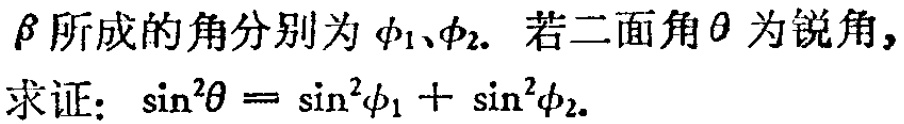
$\beta$所成的角分别为$\phi_{1}、\phi_{2}.$ 若二面角$\theta$为锐角，
求证：$\sin^{2}\theta =\sin^{2}\phi_{1}+\sin^{2}\phi_{2}.$